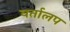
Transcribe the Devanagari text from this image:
वर्तालप